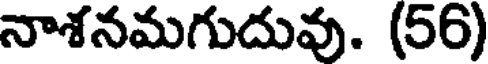
నాశనమగుదువు. (56)